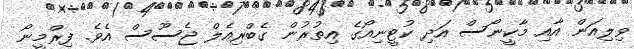
ވިލިއަން އާއި މާކީނޯސް އަދި ކުޓީނިއޯގެ އިތުރުން ގެބްރިއެލް ޖެސޫސް އެވެ. ފިރްމީނޯ